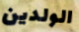
الولدين